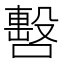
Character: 𠿉